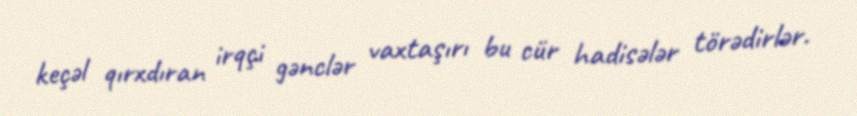
keçəl qırxdıran irqçi gənclər vaxtaşırı bu cür hadisələr törədirlər.